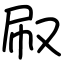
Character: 㕞